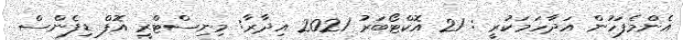
އެންމެފަހުން އަދާހަމަކުރީ : 21 އޮކްޓޯބަރު 2021 އިދާރާ: މިނިސްޓްރީ އޮފް ޑިފެންސް